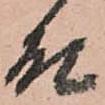
殿